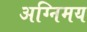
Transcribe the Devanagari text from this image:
अग्निमय